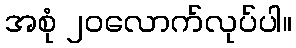
အစုံ ၂၀လောက်လုပ်ပါ။